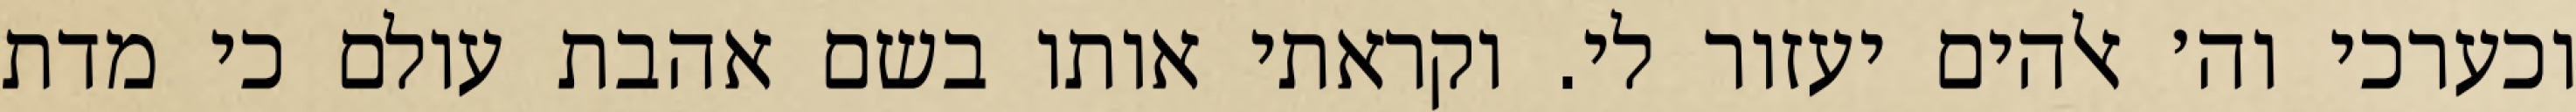
וכערכי וה׳ אלהים יעזור לי. וקראתי אותו בשם אהבת עולם כי מדת